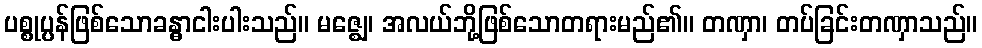
ပစ္စုပ္ပန်ဖြစ်သောခန္ဓာငါးပါးသည်။ မဇ္ဈေ၊ အလယ်ဘို့ဖြစ်သောတရားမည်၏။ တဏှာ၊ တပ်ခြင်းတဏှာသည်။